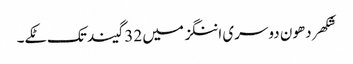
شکھر دھون دوسری اننگز میں 32 گیند تک ٹکے۔